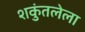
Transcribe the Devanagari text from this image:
शकुंतलेला